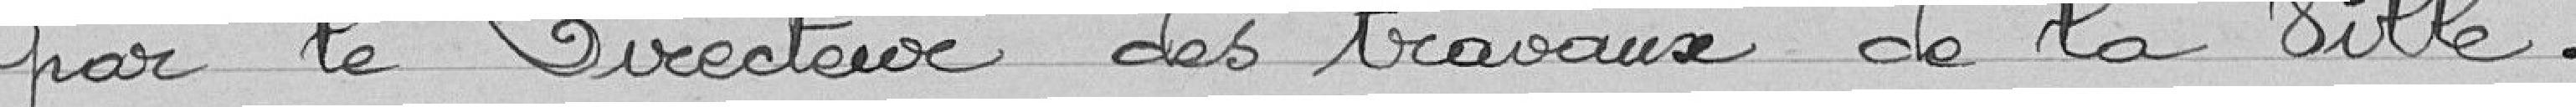
par le Directeur des travaux de la Ville.